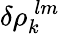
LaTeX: \delta\rho_{k}^{\: lm}